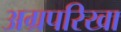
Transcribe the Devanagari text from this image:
अग्रपरिखा